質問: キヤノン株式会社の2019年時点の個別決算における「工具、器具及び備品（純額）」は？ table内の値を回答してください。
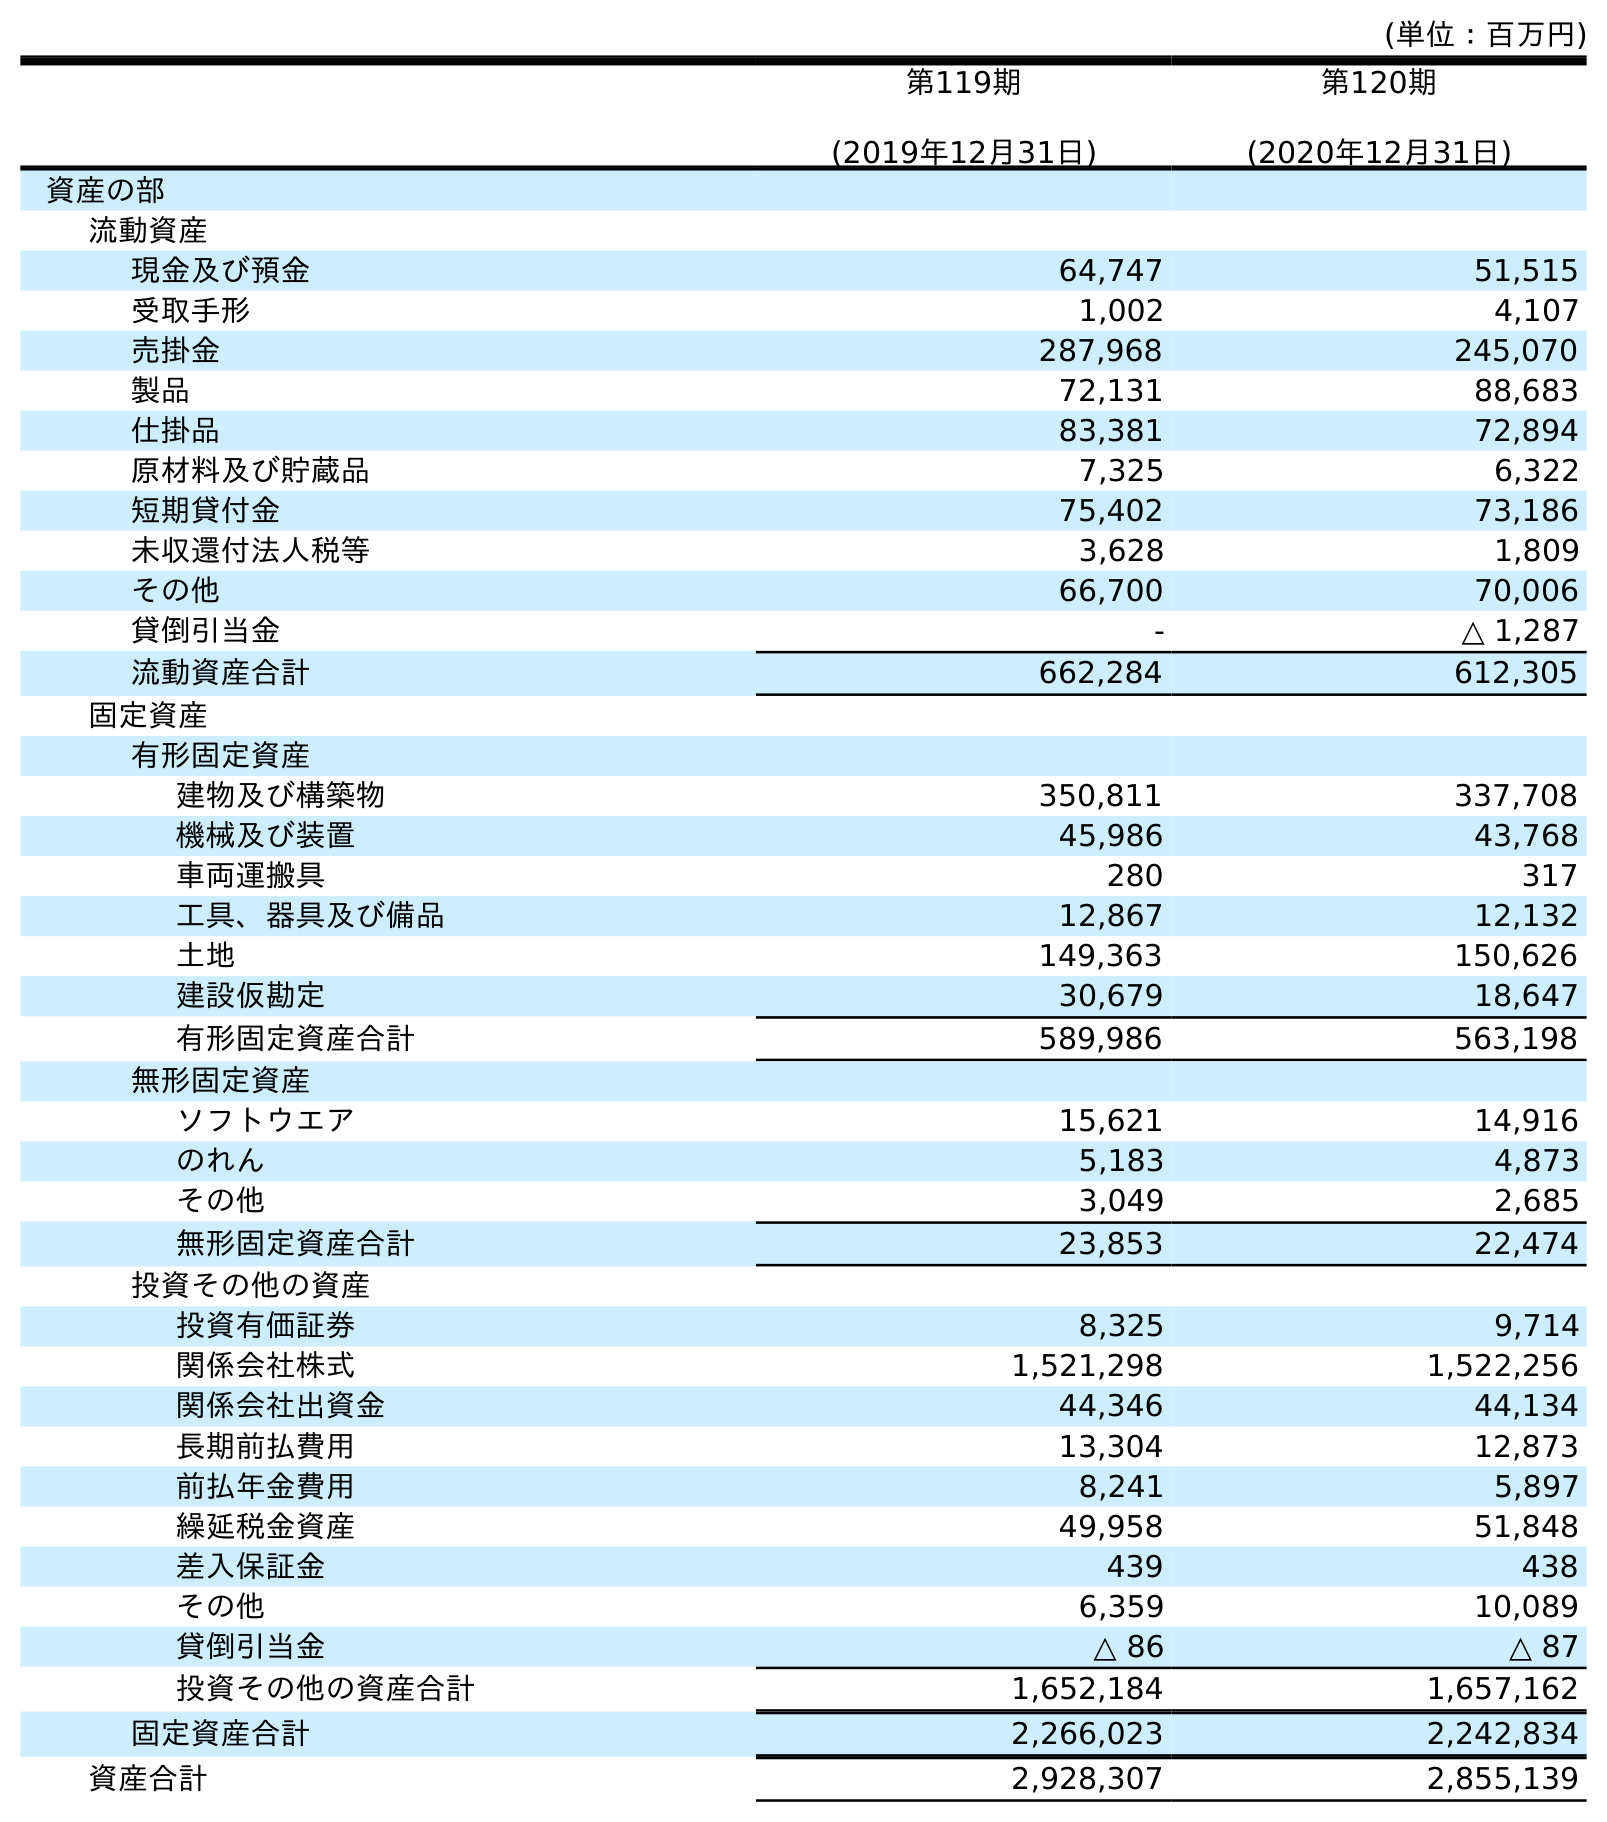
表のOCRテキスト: (単位：百万円) 第119期 (2019年12月31日) 第120期 (2020年12月31日) 資産の部 流動資産 現金及び預金 64,747 51,515 受取手形 1,002 4,107 売掛金 287,968 245,070 製品 72,131 88,683 仕掛品 83,381 72,894 原材料及び貯蔵品 7,325 6,322 短期貸付金 75,402 73,186 未収還付法人税等 3,628 1,809 その他 66,700 70,006 貸倒引当金 - △ 1,287 流動資産合計 662,284 612,305 固定資産 有形固定資産 建物及び構築物 350,811 337,708 機械及び装置 45,986 43,768 車両運搬具 280 317 工具、器具及び備品 12,867 12,132 土地 149,363 150,626 建設仮勘定 30,679 18,647 有形固定資産合計 589,986 563,198 無形固定資産 ソフトウエア 15,621 14,916 のれん 5,183 4,873 その他 3,049 2,685 無形固定資産合計 23,853 22,474 投資その他の資産 投資有価証券 8,325 9,714 関係会社株式 1,521,298 1,522,256 関係会社出資金 44,346 44,134 長期前払費用 13,304 12,873 前払年金費用 8,241 5,897 繰延税金資産 49,958 51,848 差入保証金 439 438 その他 6,359 10,089 貸倒引当金 △ 86 △ 87 投資その他の資産合計 1,652,184 1,657,162 固定資産合計 2,266,023 2,242,834 資産合計 2,928,307 2,855,139
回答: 12,867